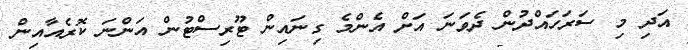
އަދި މި ސަރަހައްދުން ދެވަނަ އަށް އެންމެ ގިނައިން ޓޫރިސްޓުން އަންނަ ކޮރެއާއިން